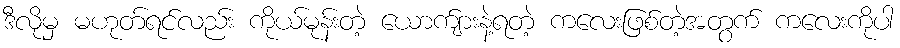
ဒီလိုမှ မဟုတ်ရင်လည်း ကိုယ်မုန်းတဲ့ ယောက်ျားနဲ့ရတဲ့ ကလေးဖြစ်တဲ့အတွက် ကလေးကိုပါ